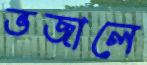
ভজালে